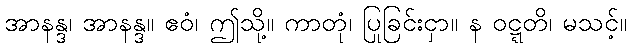
အာနန္ဒ၊ အာနန္ဒ။ ဧဝံ၊ ဤသို့။ ကာတုံ၊ ပြုခြင်းငှာ။ န ဝဋ္ဋတိ၊ မသင့်။